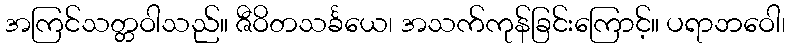
အကြင်သတ္တဝါသည်။ ဇီဝိတသင်္ခယေ၊ အသက်ကုန်ခြင်းကြောင့်။ ပရာဘဝေါ၊